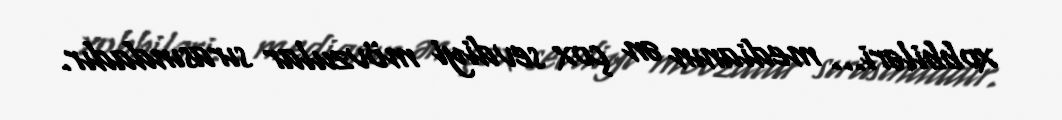
xobbiləri... medianın ən çox sevdiyi mövzular sırasındadır.